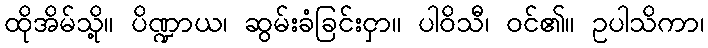
ထိုအိမ်သို့။ ပိဏ္ဍာယ၊ ဆွမ်းခံခြင်းငှာ။ ပါဝိသီ၊ ဝင်၏။ ဥပါသိကာ၊